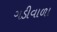
ગડીવાળા